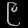
Digit: ၉